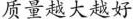
质量越大越好